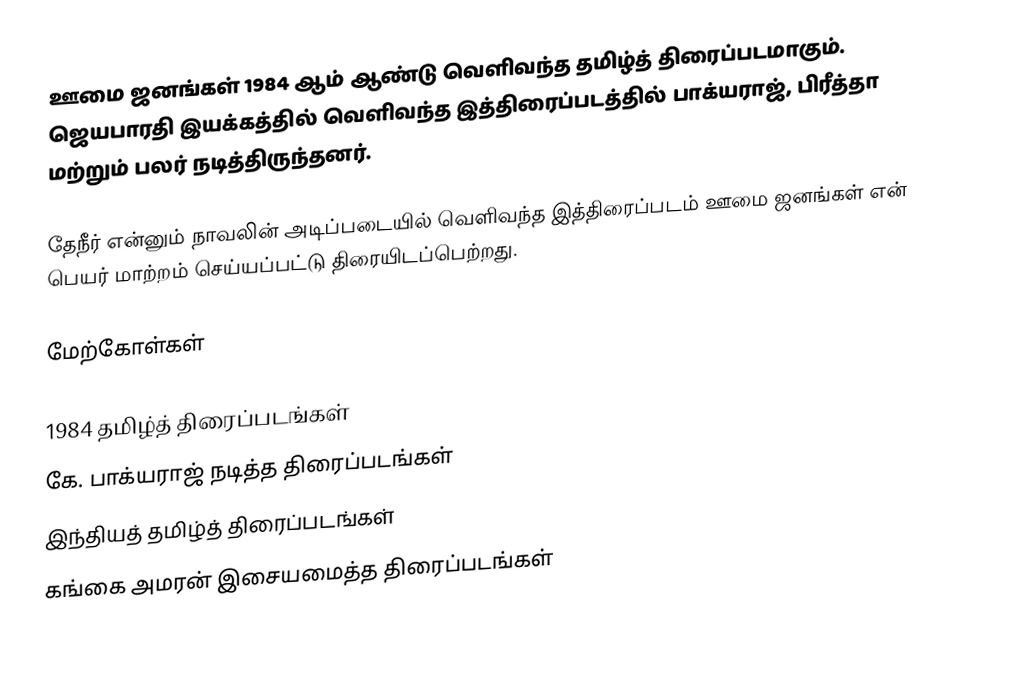
ஊமை ஜனங்கள் 1984 ஆம் ஆண்டு வெளிவந்த தமிழ்த் திரைப்படமாகும். ஜெயபாரதி இயக்கத்தில் வெளிவந்த இத்திரைப்படத்தில் பாக்யராஜ், பிரீத்தா மற்றும் பலர் நடித்திருந்தனர்.

தேநீர் என்னும் நாவலின் அடிப்படையில் வெளிவந்த இத்திரைப்படம் ஊமை ஜனங்கள் என் பெயர் மாற்றம் செய்யப்பட்டு திரையிடப்பெற்றது.

மேற்கோள்கள்

1984 தமிழ்த் திரைப்படங்கள்
கே. பாக்யராஜ் நடித்த திரைப்படங்கள்
இந்தியத் தமிழ்த் திரைப்படங்கள்
கங்கை அமரன் இசையமைத்த திரைப்படங்கள்